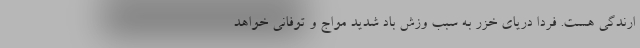
ارندگی هست. فردا دریای خزر به سبب وزش باد شدید مواج و توفانی خواهد